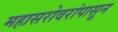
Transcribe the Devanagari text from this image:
महासरोवरांपासून